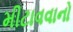
મીટાવવાનો